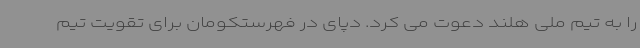
را به تیم ملی هلند دعوت می کرد. دپای در فهرستکومان برای تقویت تیم